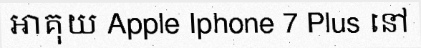
អាគុយ Apple Iphone 7 Plus នៅ